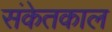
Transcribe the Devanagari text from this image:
संकेतकाल